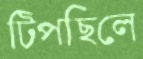
টিপছিলে